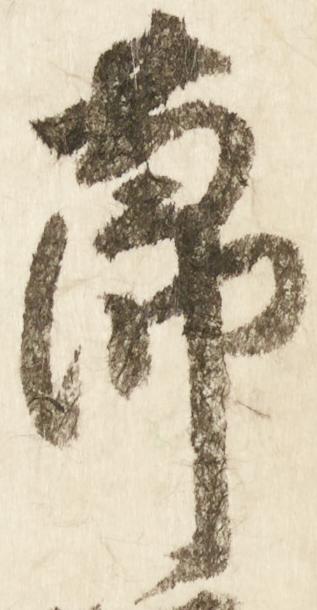
節